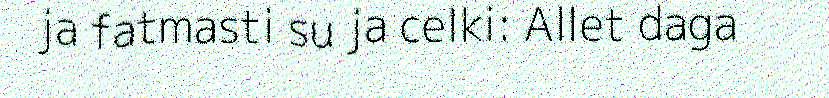
ja fatmasti su ja celki: Allet daga